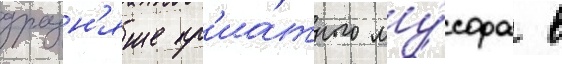
дразн'яще пр'иа́тного му́сора в